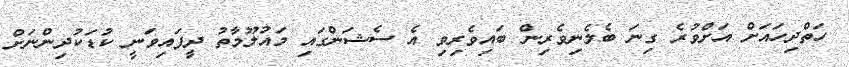
ހަތްދިހައަށް އަށްވުރެ ގިނަ ބެލެނިވެރިން ބައިވެރިވި އެ ސެޝަންގައި މައުލޫމާތު ދީފައިވަނީ ކުޑަކުދިންނަށް